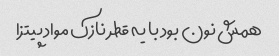
همش نون بود با یه قطر نازک مواد پیتزا